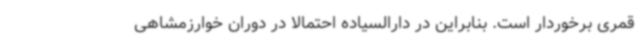
قمری برخوردار است. بنابراین در دارالسیاده احتمالا در دوران خوارزمشاهی